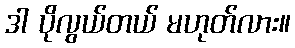
ဒါ ပိုလွယ်တယ် မဟုတ်လား။